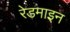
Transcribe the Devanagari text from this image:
रेडमाइन